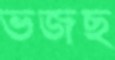
ভজছ